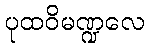
ပုထဝိမဏ္ဍလေ